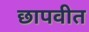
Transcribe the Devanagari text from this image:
छापवीत